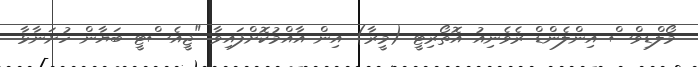
މޯލްޑިވްސް އިންލެންޑް ރެވެނިއު އޮތޯރިޓީ (މީރާ) އިން އާއްމުކޮށްފައިވާ "ޖީއެސްޓީ ބަޔާން ހުށަނާޅާ